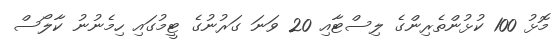
މޮޅު 100 ކުޅުންތެރިންގެ ލިސްޓާއި 20 ވަނަ ގަރުނުގެ ޓީމުގައި ހިމެނުނު ކާލޯސް